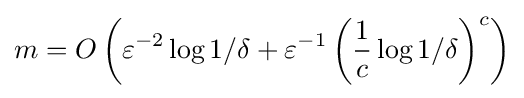
m=O\left(\varepsilon ^{-2}\log 1/\delta +\varepsilon ^{-1}\left({\frac {1}{c}}\log 1/\delta \right)^{c}\right)